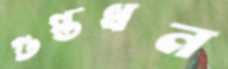
গুপ্তধন